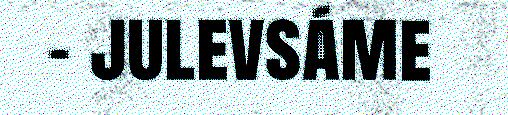
- julevsáme